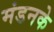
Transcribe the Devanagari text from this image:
मंडनके